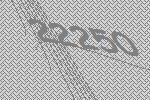
22250